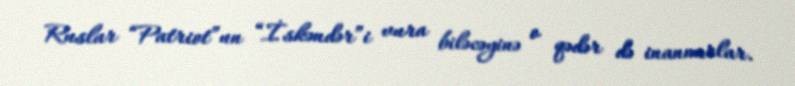
Ruslar “Patriot”un “İskəndər”i vura biləcəyinə o qədər də inanmırlar.